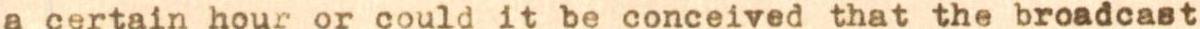
a certain hour or could it be conceived that the broadcast